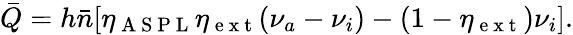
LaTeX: \bar{Q}=h\bar{n}[\eta_{\mathrm{~A~S~P~L~}}\eta_{\mathrm{~e~x~t~}}(\nu_{a}-\nu_{i})-(1-\eta_{\mathrm{~e~x~t~}})\nu_{i}].